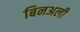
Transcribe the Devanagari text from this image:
बिनअली